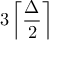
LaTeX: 3 \left\lceil { \frac { \Delta } { 2 } } \right\rceil